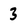
Character: 3